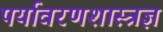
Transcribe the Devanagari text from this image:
पर्यावरणशास्त्रज्ञ